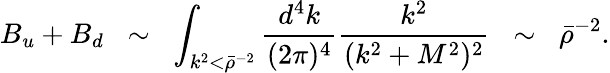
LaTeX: B_{u}+B_{d}\; \; \sim\; \; \int_{k^{2}<\bar{\rho}^{-2}}\frac{d^{4}k}{(2\pi)^{4}}\frac{k^{2}}{(k^{2}+M^{2})^{2}}\; \; \sim\; \; \bar{\rho}^{-2}.